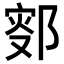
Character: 𨜛